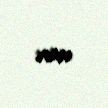
var.